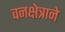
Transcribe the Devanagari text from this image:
वनक्षेत्राने